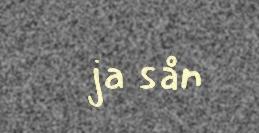
ja sån